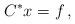
LaTeX: \begin{align*} C^* x = f \, ,\end{align*}